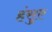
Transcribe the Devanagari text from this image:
हंसुए